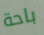
باحة